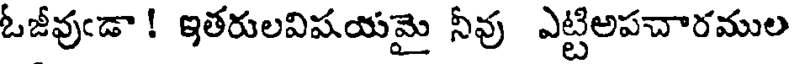
ఓజీవుఁడా ! ఇతరులవిషయమై నీవు ఎట్టిలపచారముల